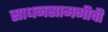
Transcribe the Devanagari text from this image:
साधनसामगीची